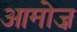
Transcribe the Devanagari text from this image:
आमोज़